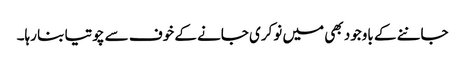
جاننے کے باوجود بھی میں نوکری جانے کے خوف سے چوتیا بنا رہا۔